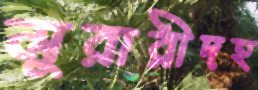
মুরারীদহ